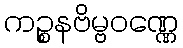
ကဉ္စနဗိမ္ဗဝဏ္ဏေ